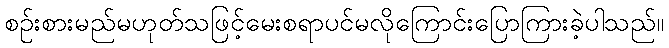
စဉ်းစားမည်မဟုတ်သဖြင့်မေးစရာပင်မလိုကြောင်းပြောကြားခဲ့ပါသည်။